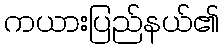
ကယားပြည်နယ်၏